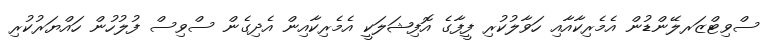
ސްވިޓްޒަރލޭންޑުން އެމެރިކާއާއި ހަވާލުކުރި ފީފާގެ އޮފިޝަލަކީ އެމެރިކާއިން އެދިގެން ސްވިސް ފުލުހުން ހައްޔަރުކުރި